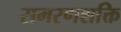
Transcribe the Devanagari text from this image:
समरणशक्ति